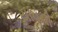
યાવની